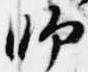
師